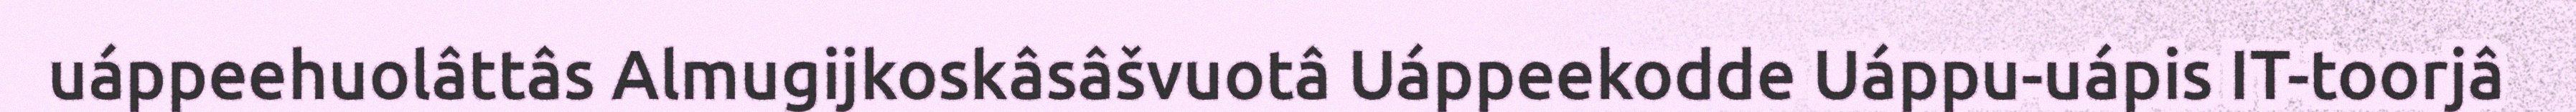
uáppeehuolâttâs Almugijkoskâsâšvuotâ Uáppeekodde Uáppu-uápis IT-toorjâ